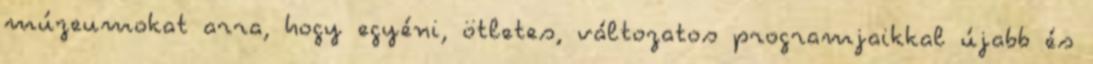
múzeumokat arra, hogy egyéni, ötletes, változatos programjaikkal újabb és